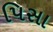
પિસા